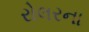
રોલરના